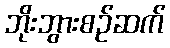
ဘိုးဘွားစဉ်ဆက်